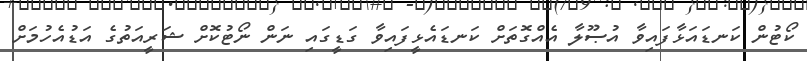
ކޯޓުން ކަނޑައަޅާފައިވާ އުޞޫލާ އެއްގޮތަށް ކަނޑައެޅީފައިވާ ގަޑީގައި ނަން ނޯޓުކޮށް ޝަރީއަތުގެ އަޑުއެހުމަށް